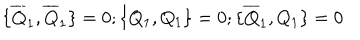
\{ \overline { { { Q } } } _ { 1 } , \overline { { { Q } } } _ { 1 } \} = 0 ; \{ Q _ { 1 } , Q _ { 1 } \} = 0 ; \{ \overline { { { Q } } } _ { 1 } , Q _ { 1 } \} = 0